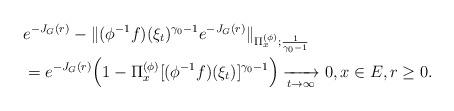
LaTeX: \begin{align*}& e^{ - J_G(r)} - \| (\phi^{-1}f)(\xi_t)^{\gamma_0 - 1} e^{-J_G(r)} \|_{\Pi_x^{(\phi)};\frac{1}{\gamma_0 - 1}}\\ & =e^{ - J_G(r)} \Big( 1 - \Pi_x^{(\phi)}[ (\phi^{-1}f)(\xi_t) ]^{\gamma_0 - 1} \Big) \xrightarrow[t\to \infty]{} 0, x\in E, r\geq 0.\end{align*}